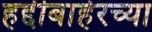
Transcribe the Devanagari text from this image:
हद्दीबाहेरच्या